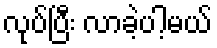
လုပ်ပြီး လာခဲ့ပါ့မယ်